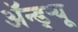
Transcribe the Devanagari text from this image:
ॲन्ड्र्‍यू